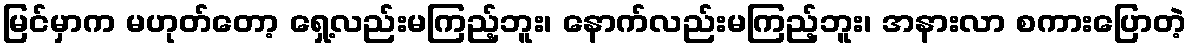
မြင်မှာက မဟုတ်တော့ ရှေ့လည်းမကြည့်ဘူး၊ နောက်လည်းမကြည့်ဘူး၊ အနားလာ စကားပြောတဲ့